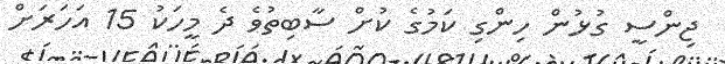
ޖިންސީ ގުޅުން ހިންގި ކަމުގެ ކުށް ސާބިތުވެ ދެ މީހަކު 15 އަހަރަށް